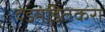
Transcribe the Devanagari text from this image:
दंडमंडितकरा